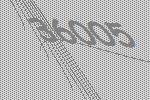
36005